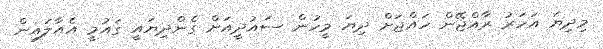
މިދިޔަ އަހަރު ރާއްޖޭން ހައްޖަށް ދިޔަ މީހުން ސައުދީއަށް ގެންދިޔައީ ގައުމީ އެއާލައިން